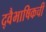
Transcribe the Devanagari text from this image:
द्वैभाषिकची